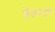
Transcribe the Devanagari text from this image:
हेइपी